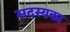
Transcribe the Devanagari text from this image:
सदस्यका